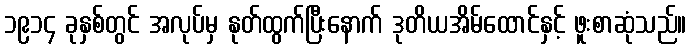
၁၉၁၄ ခုနှစ်တွင် အလုပ်မှ နုတ်ထွက်ပြီးနောက် ဒုတိယအိမ်ထောင်နှင့် ဖူးစာဆုံသည်။